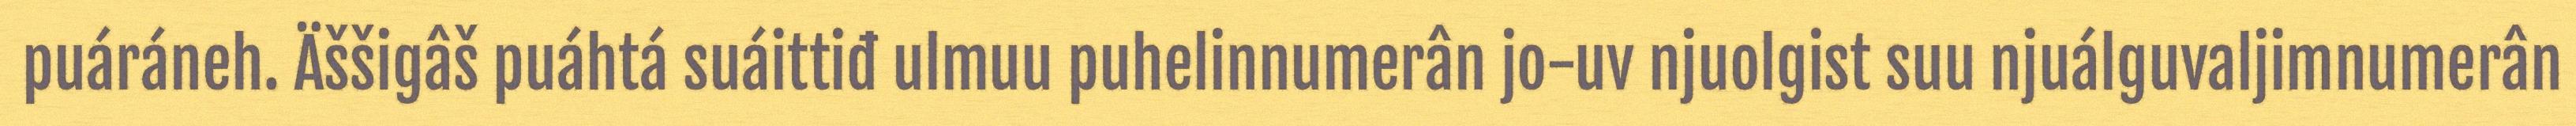
puáráneh. Äššigâš puáhtá suáittiđ ulmuu puhelinnumerân jo-uv njuolgist suu njuálguvaljimnumerân